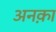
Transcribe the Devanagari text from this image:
अनक़ा